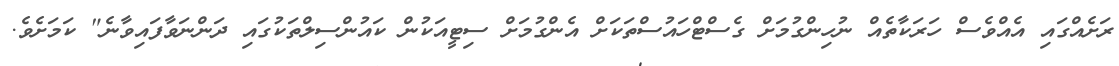
ރަށެއްގައި އެއްވެސް ހަރަކާތެއް ނުހިންގުމަށް ގެސްޓްހައުސްތަކަށް އެންގުމަށް ސިޓީއަކުން ކައުންސިލްތަކުގައި ދަންނަވާފައިވާނެ" ކަމަށެވެ.